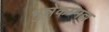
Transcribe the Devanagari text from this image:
भुन्नेकम्मल्ल